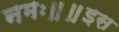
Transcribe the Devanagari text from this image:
नमः॥॥इस